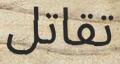
تقاتل